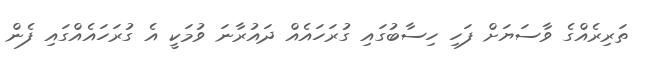
ތަރިރެއްގެ ވާސަޔަށް ފަހި ހިސާބުގައި ގުރަހައެއް ދައުރާނަ ވުމަކީ އެ ގުރަހައެއްގައި ފެން